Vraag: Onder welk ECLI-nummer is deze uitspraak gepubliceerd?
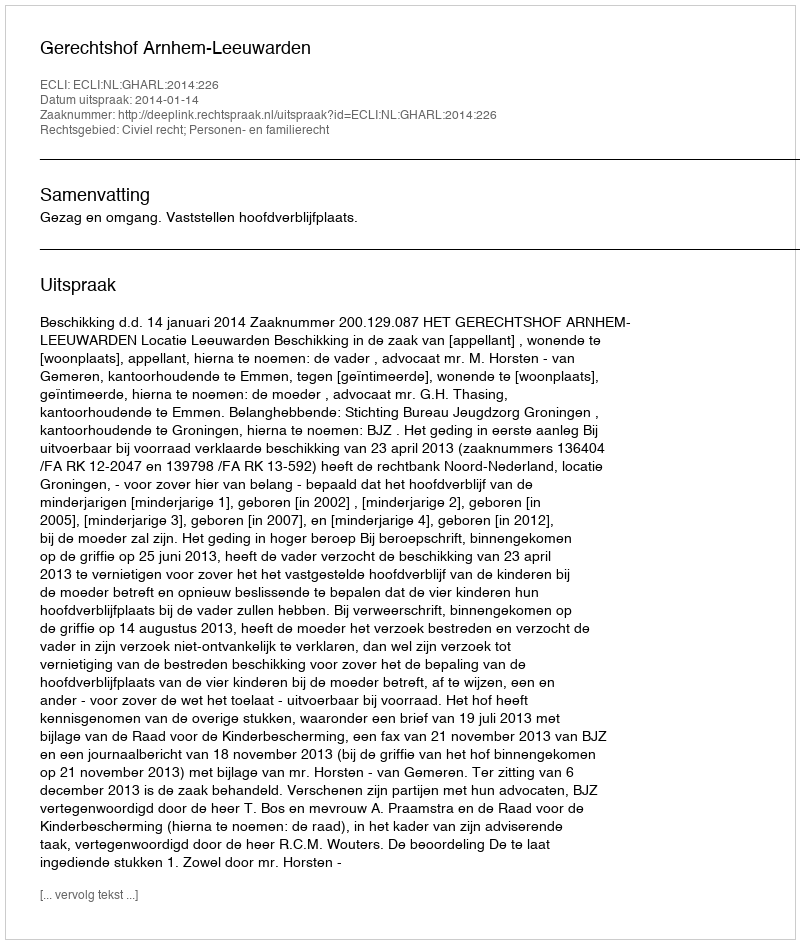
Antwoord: ECLI:NL:GHARL:2014:226